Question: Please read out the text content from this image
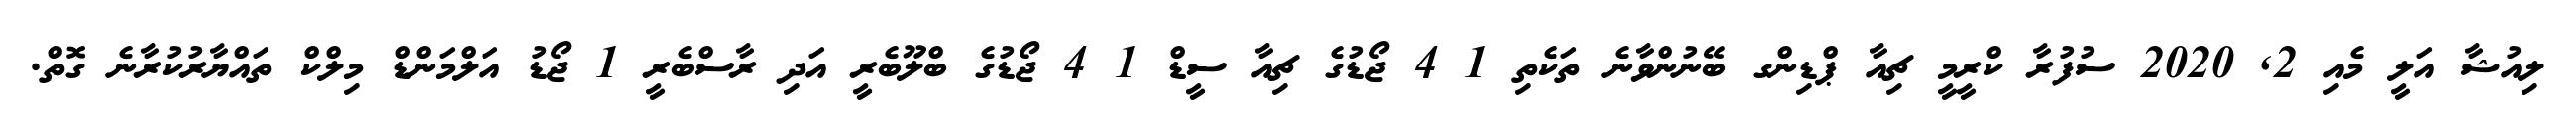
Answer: ލިއުޝާ އަލީ މެއި 2, 2020 ސުފުރާ ކްރީމީ ޗިއާ ޕްޑިންގ ބޭނުންވާނެ ތަކެތި 1 4 ޖޯޑުގެ ޗިއާ ސީޑް 1 4 ޖޯޑުގެ ބްލޫބެރީ އަދި ރާސްބެރީ 1 ޖޯޑު އަލްމަންޑް މިލްކް ތައްޔާރުކުރާނެ ގޮތް.